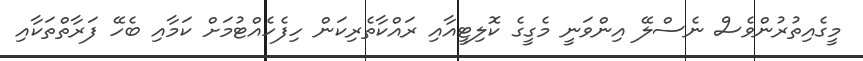
މީގެއިތުރުންވެސް ނެސްލޭ އިންވަނީ މެގީގެ ކޮލިޓީއާއި ރައްކާތެރިކަން ހިފެހެއްޓުމަށް ކަމާއި ބެހޭ ފަރާތްތަކާއި